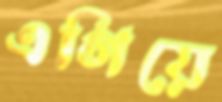
এগিয়ে